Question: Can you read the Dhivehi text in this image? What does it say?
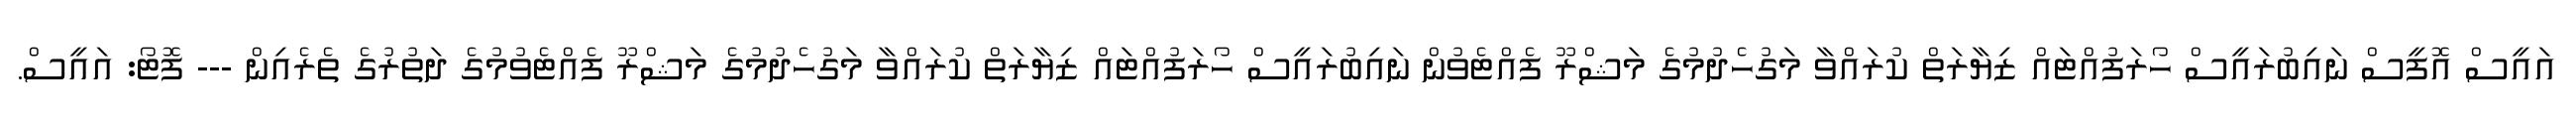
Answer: އައީސް އޮފީސް ނައިބުރައީސް ހޯރަފުއްޓައް ޒިޔާރަތް ކުރައްވާ މަގުހެދުމުގެ މަޝްރޫ ފެއްޓެވުން ނައިބުރައީސް ހޯރަފުއްޓައް ޒިޔާރަތް ކުރައްވާ މަގުހެދުމުގެ މަޝްރޫ ފެއްޓެވުމުގެ ދަތުރުގެ ތެރެއިން --- ފޮޓޯ: އައީސް.